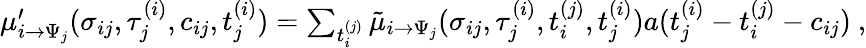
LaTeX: \begin{array}{r}{\mu_{i\to\Psi_{j}}^{\prime}(\sigma_{ij},\tau_{j}^{(i)},c_{ij},t_{j}^{(i)})=\sum_{t_{i}^{(j)}}\tilde{\mu}_{i\to\Psi_{j}}(\sigma_{ij},\tau_{j}^{(i)},t_{i}^{(j)},t_{j}^{(i)})a(t_{j}^{(i)}-t_{i}^{(j)}-c_{ij})\ ,}\end{array}